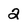
Character: 2